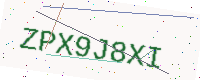
Text: ZPX9J8XI